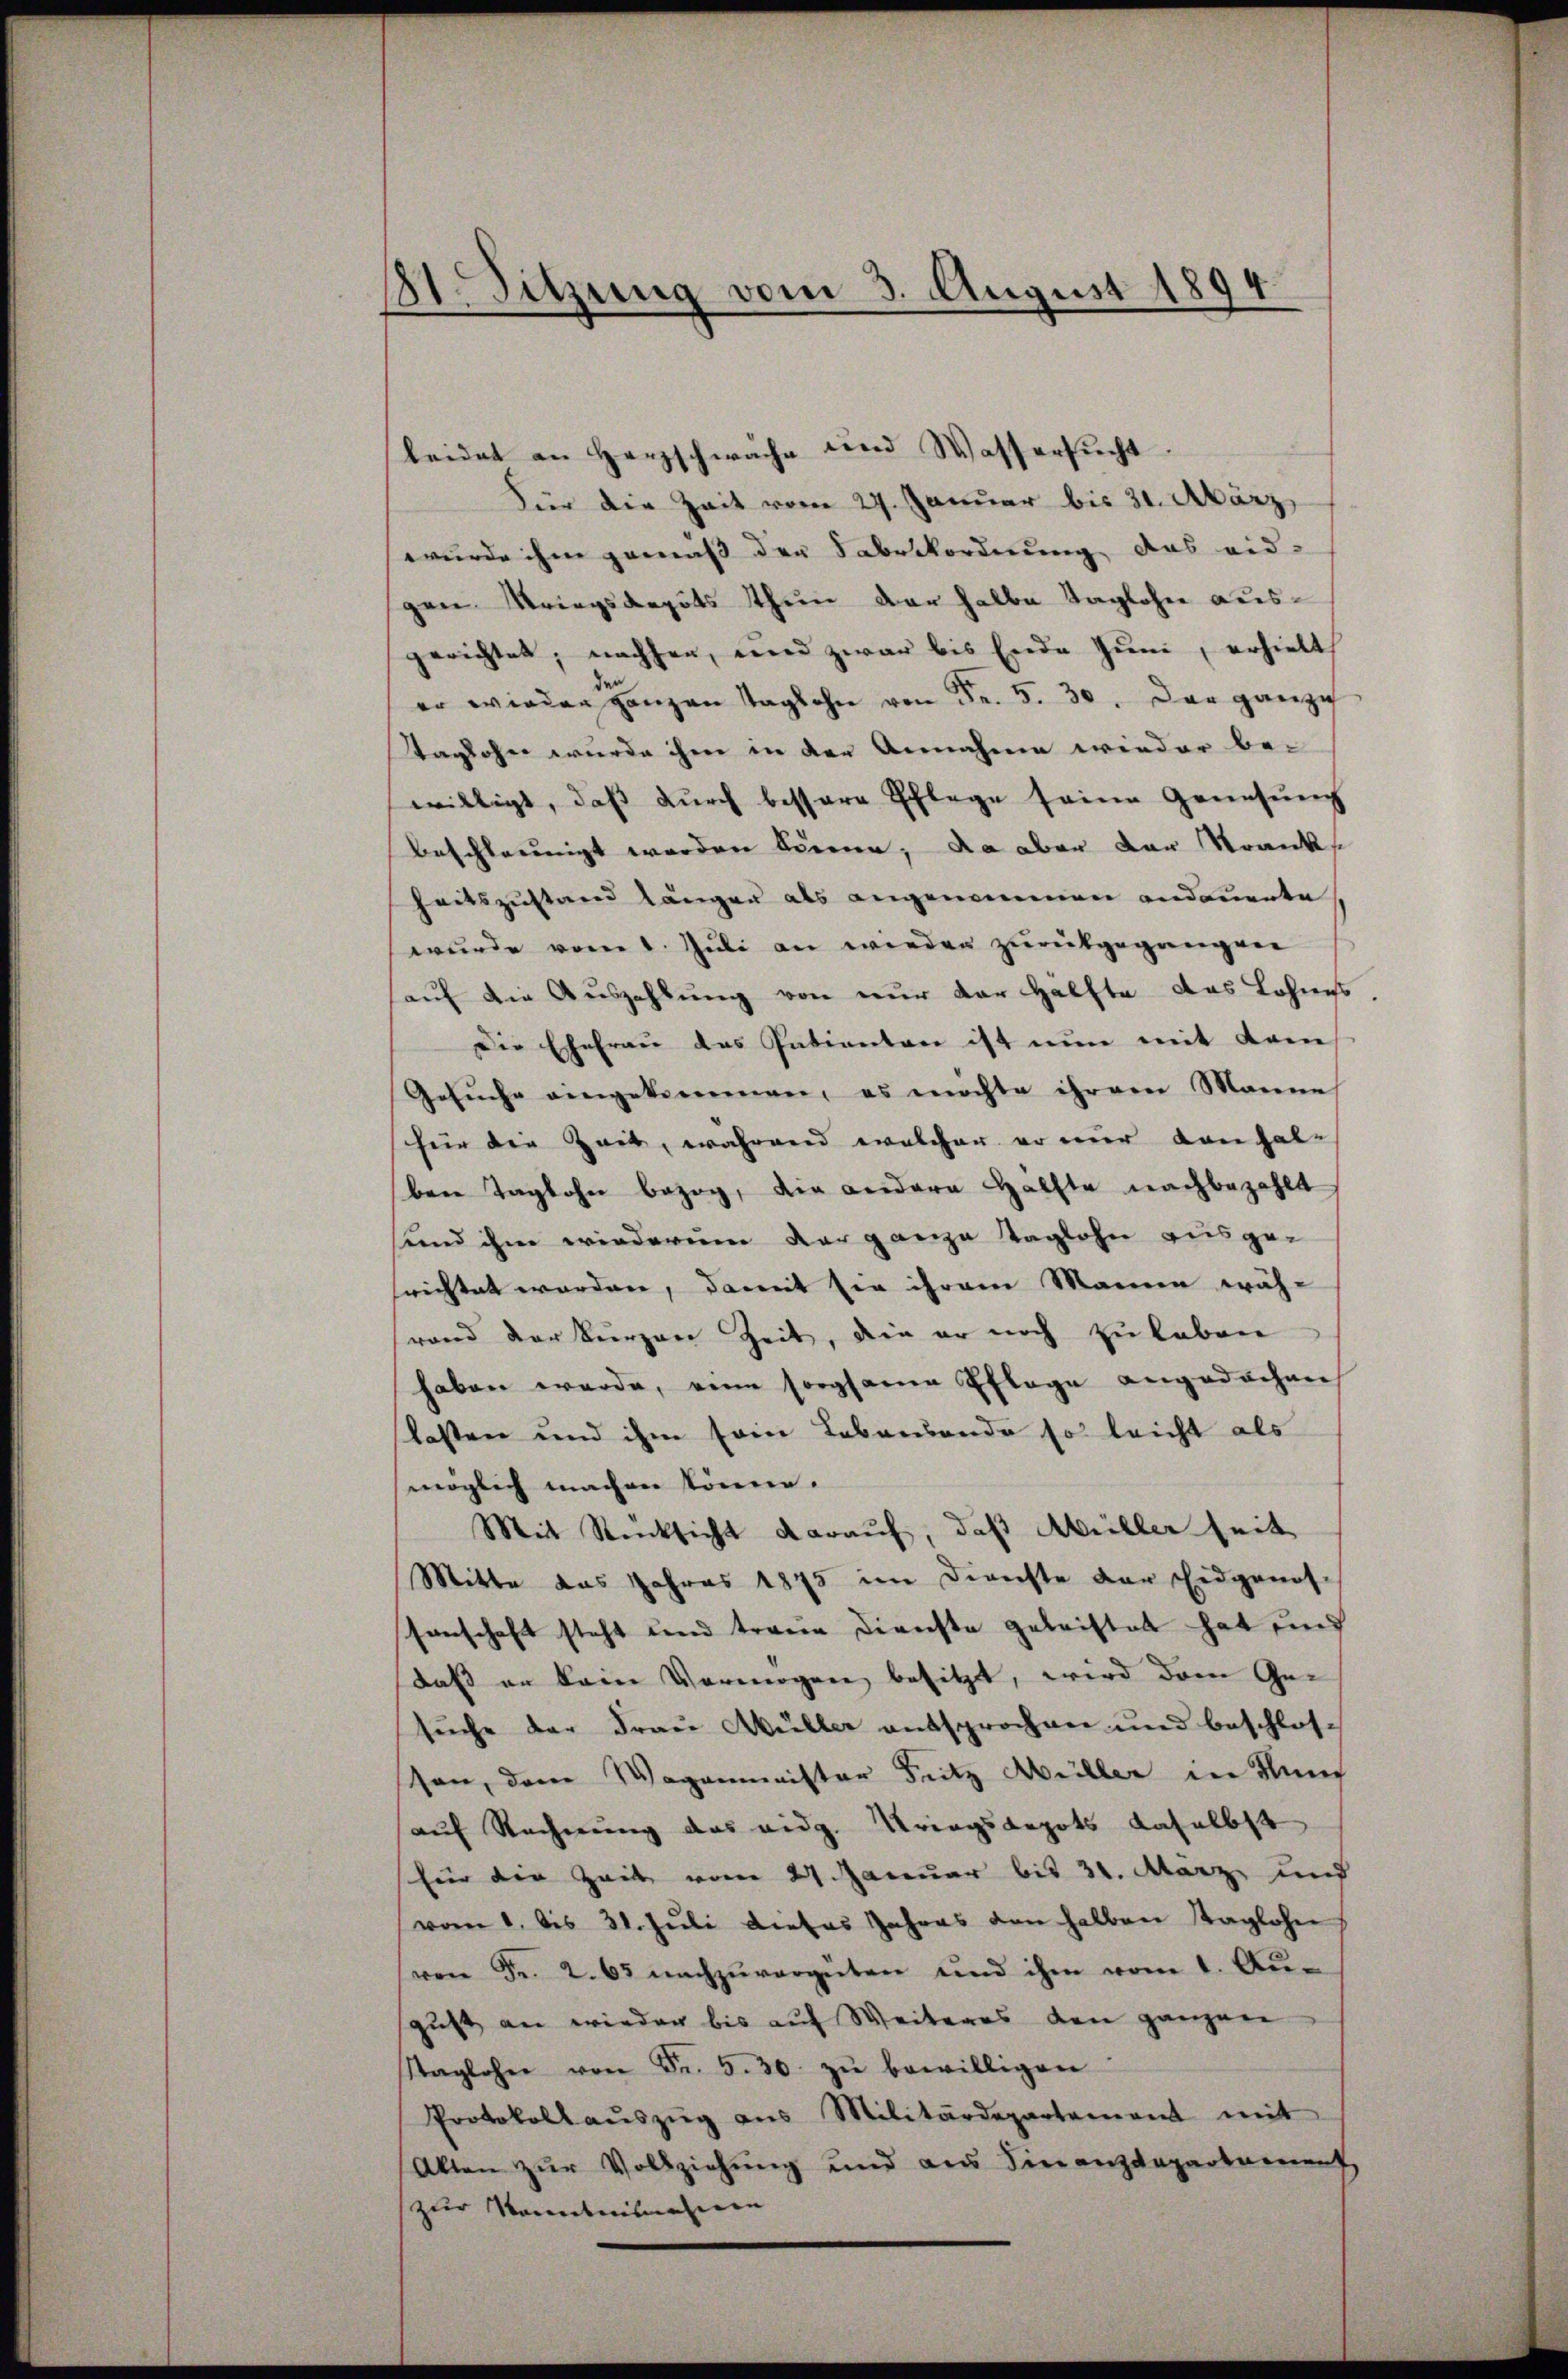
21. Sitzung vom 3. August 1894.

leidet an Herzschwäche und Wassersŭcht
Für die Zeit vom 27. Januar bis 31. März,
wurde ihm gemäß der Sabenkordnung das eid-
gen Kriegsdepots thun der halbe Taglohne ausgerichtet, nachher, und zwar bis Ende Juni, erhielt
er wieder ganzen Taglohn von Fr. 5. 30. Das ganze
Taglohne wurde ihm in der Annahme wieder bewilligt, daβ dŭrch bessere Schlage seine Genesung
beschleunigt werden könne; da aber der Krank
heitszustand länger als angenommen andauerte
wurde vom 1. Juli an wieder zurückgegangen
hauf die Auszahlung von nur der Hälfte das Lohnes
Die Ehefrau des Intienten ist nun mit Kam¬
Gesuche eingekommen, es möchte ihrem Manne
für die Zeit, während welcher er nur dan halben Taglohn bezog, die andere Hälfte nachbezahlt
sennd ihm wiederum der ganze Taglohn ausgerichtet worden, damit sie ihrem Manne wäh-
rand der kurzen Zeit, die er noch zu leben
haben werde, eine sorgsamen Pflage angedachen
lasten und ihm sein Lebensonde so leicht als
möglich machen könne.
Mit Rücksicht darauf, daß Müller seit
Mitte das Jahres 1875 im Dienste der Eidgenos-
ssenschaft steht und traue Dienste geleistet hat und
daß an kein Vermögen besitzt, wird dem Gesŭche der Frau Müller entsprochen und beschlos
son, dem Wagenmeister Fritz Müller in Kuns
auf Rechnung das eidg. Kriegsepots daselbst
für die Zeit vom 27. Januar bis 31. März und
vom 1. bis 31. Jŭli dieses Jahres den halben Taglohn
von Fr. 2. 63 nachzŭvorgeten und ihm vom 1. Aŭ-
gust an wieder bis auf Weiteres den ganzen
Naglohn von Fr. 5. 30. zŭ bewilligen
Protokollaŭszŭg ans Militärdepartement mit
Allen zur Vollziehung und aus Finanzdepartement,
zur Kenntnisnahmen